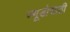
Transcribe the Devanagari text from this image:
ज्यूडोसाठी